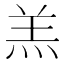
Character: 羔